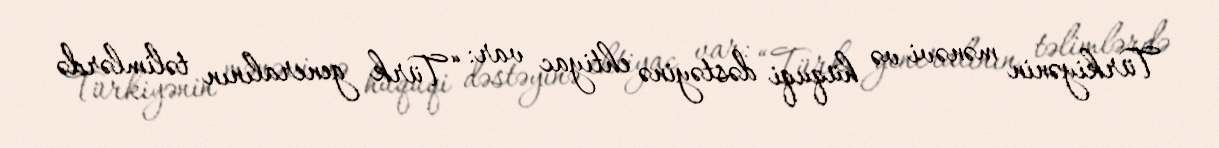
Türkiyənin mənəvi və hüquqi dəstəyinə ehtiyac var: “Türk generalının təlimlərdə